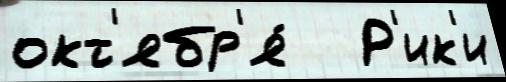
окт'ябр'я́   Р'ик'и